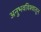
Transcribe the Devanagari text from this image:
अनुभवविश्वातून